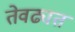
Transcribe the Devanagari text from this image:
तेवढ्यत